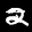
Label: 2